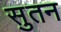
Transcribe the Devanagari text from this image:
सुतन